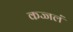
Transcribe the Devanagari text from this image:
कज्जलं